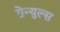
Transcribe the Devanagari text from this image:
ग्रेन्युल्स